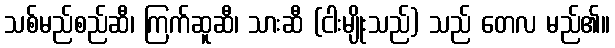
သစ်မည်စည်ဆီ၊ ကြက်ဆူဆီ၊ သားဆီ (ငါးမျိုးသည်) သည် တေလ မည်၏။